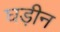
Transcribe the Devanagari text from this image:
घड़ीन